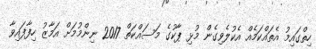
ހިތްގައިމު އެތައްކަމެއް އެކުލެވިގެން މުޅި ޕާކުގެ މަސައްކަތް 2017 ނިންމުމަށް އަމާޒު ހިފާފައިވާ